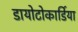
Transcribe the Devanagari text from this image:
डायोटोकार्डिया